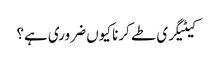
کیٹیگری طے کرنا کیوں ضروری ہے؟